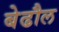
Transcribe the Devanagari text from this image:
बेढौल